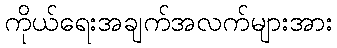
ကိုယ်ရေးအချက်အလက်များအား